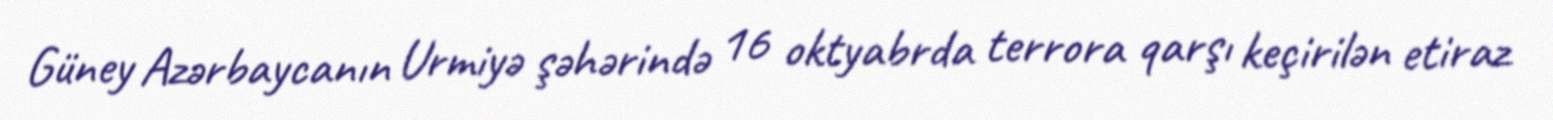
Güney Azərbaycanın Urmiyə şəhərində 16 oktyabrda terrora qarşı keçirilən etiraz